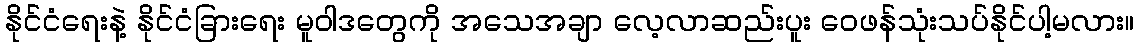
နိုင်ငံရေးနဲ့ နိုင်ငံခြားရေး မူဝါဒတွေကို အသေအချာ လေ့လာဆည်းပူး ဝေဖန်သုံးသပ်နိုင်ပါ့မလား။